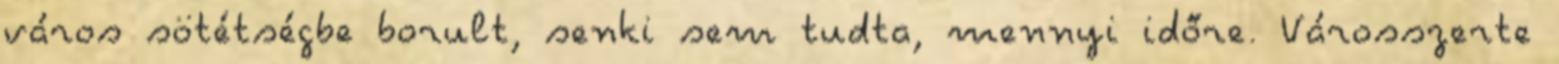
város sötétségbe borult, senki sem tudta, mennyi időre. Városszerte